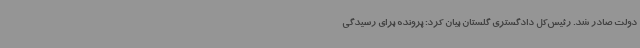
دولت صادر شد. رئیس‌کل دادگستری گلستان بیان کرد: پرونده برای رسیدگی